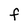
Character: F